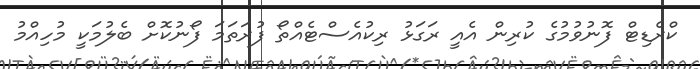
ކްރެޑިޓް ފޮނުވުމުގެ ކުރިން އެއީ ރަގަޅު ރިކުއެސްޓެއްތޯ ފުރަތަމަ ފޯނުކޮށް ބެލުމަކީ މުހިއްމު